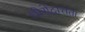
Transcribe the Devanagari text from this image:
धीरोदात्तता